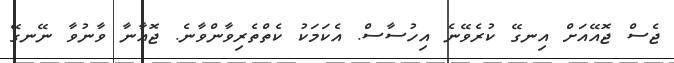
ޖެސް ޖޮއޭއަށް އިނގޭ ކުރެވޭނެ އިހުސާސް. އެކަމަކު ކެތްތެރިވާންވާނެ. ޖޮއާނާ ވާނުވާ ނޭނގޭ